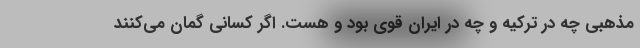
مذهبی چه در ترکیه و چه در ایران قوی بود و هست. اگر کسانی گمان می‌کنند